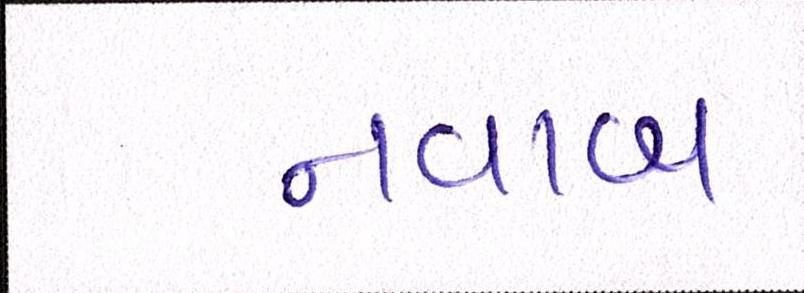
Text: નવાબ